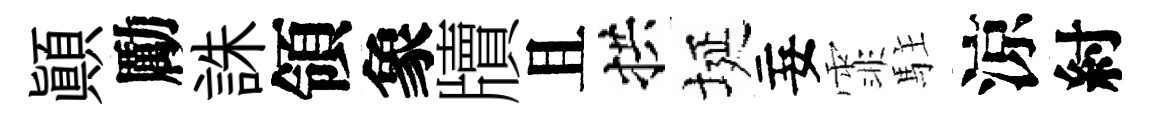
顛勵誅領象牘且拱埏妄霏駐涼紂